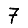
Digit: 7